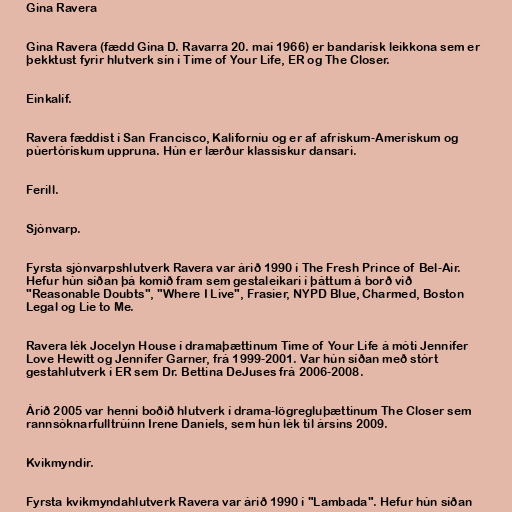
Gina Ravera

Gina Ravera (fædd Gina D. Ravarra 20. maí 1966) er bandarísk leikkona sem er
þekktust fyrir hlutverk sín í Time of Your Life, ER og The Closer.

Einkalíf.

Ravera fæddist í San Francisco, Kaliforníu og er af afrískum-Amerískum og
púertórískum uppruna. Hún er lærður klassískur dansari.

Ferill.

Sjónvarp.

Fyrsta sjónvarpshlutverk Ravera var árið 1990 í The Fresh Prince of Bel-Air.
Hefur hún síðan þá komið fram sem gestaleikari í þáttum á borð við
"Reasonable Doubts", "Where I Live", Frasier, NYPD Blue, Charmed, Boston
Legal og Lie to Me.

Ravera lék Jocelyn House í dramaþættinum Time of Your Life á móti Jennifer
Love Hewitt og Jennifer Garner, frá 1999-2001. Var hún síðan með stórt
gestahlutverk í ER sem Dr. Bettina DeJuses frá 2006-2008.

Árið 2005 var henni boðið hlutverk í drama-lögregluþættinum The Closer sem
rannsóknarfulltrúinn Irene Daniels, sem hún lék til ársins 2009.

Kvikmyndir.

Fyrsta kvikmyndahlutverk Ravera var árið 1990 í "Lambada". Hefur hún síðan